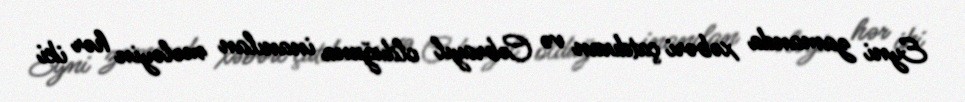
Eyni zamanda xəbəri çatdıran və Cəbrayıl olduğuna inanılan mələyin hər iki